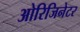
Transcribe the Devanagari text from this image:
ओरिजिनेटर